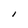
Character: I